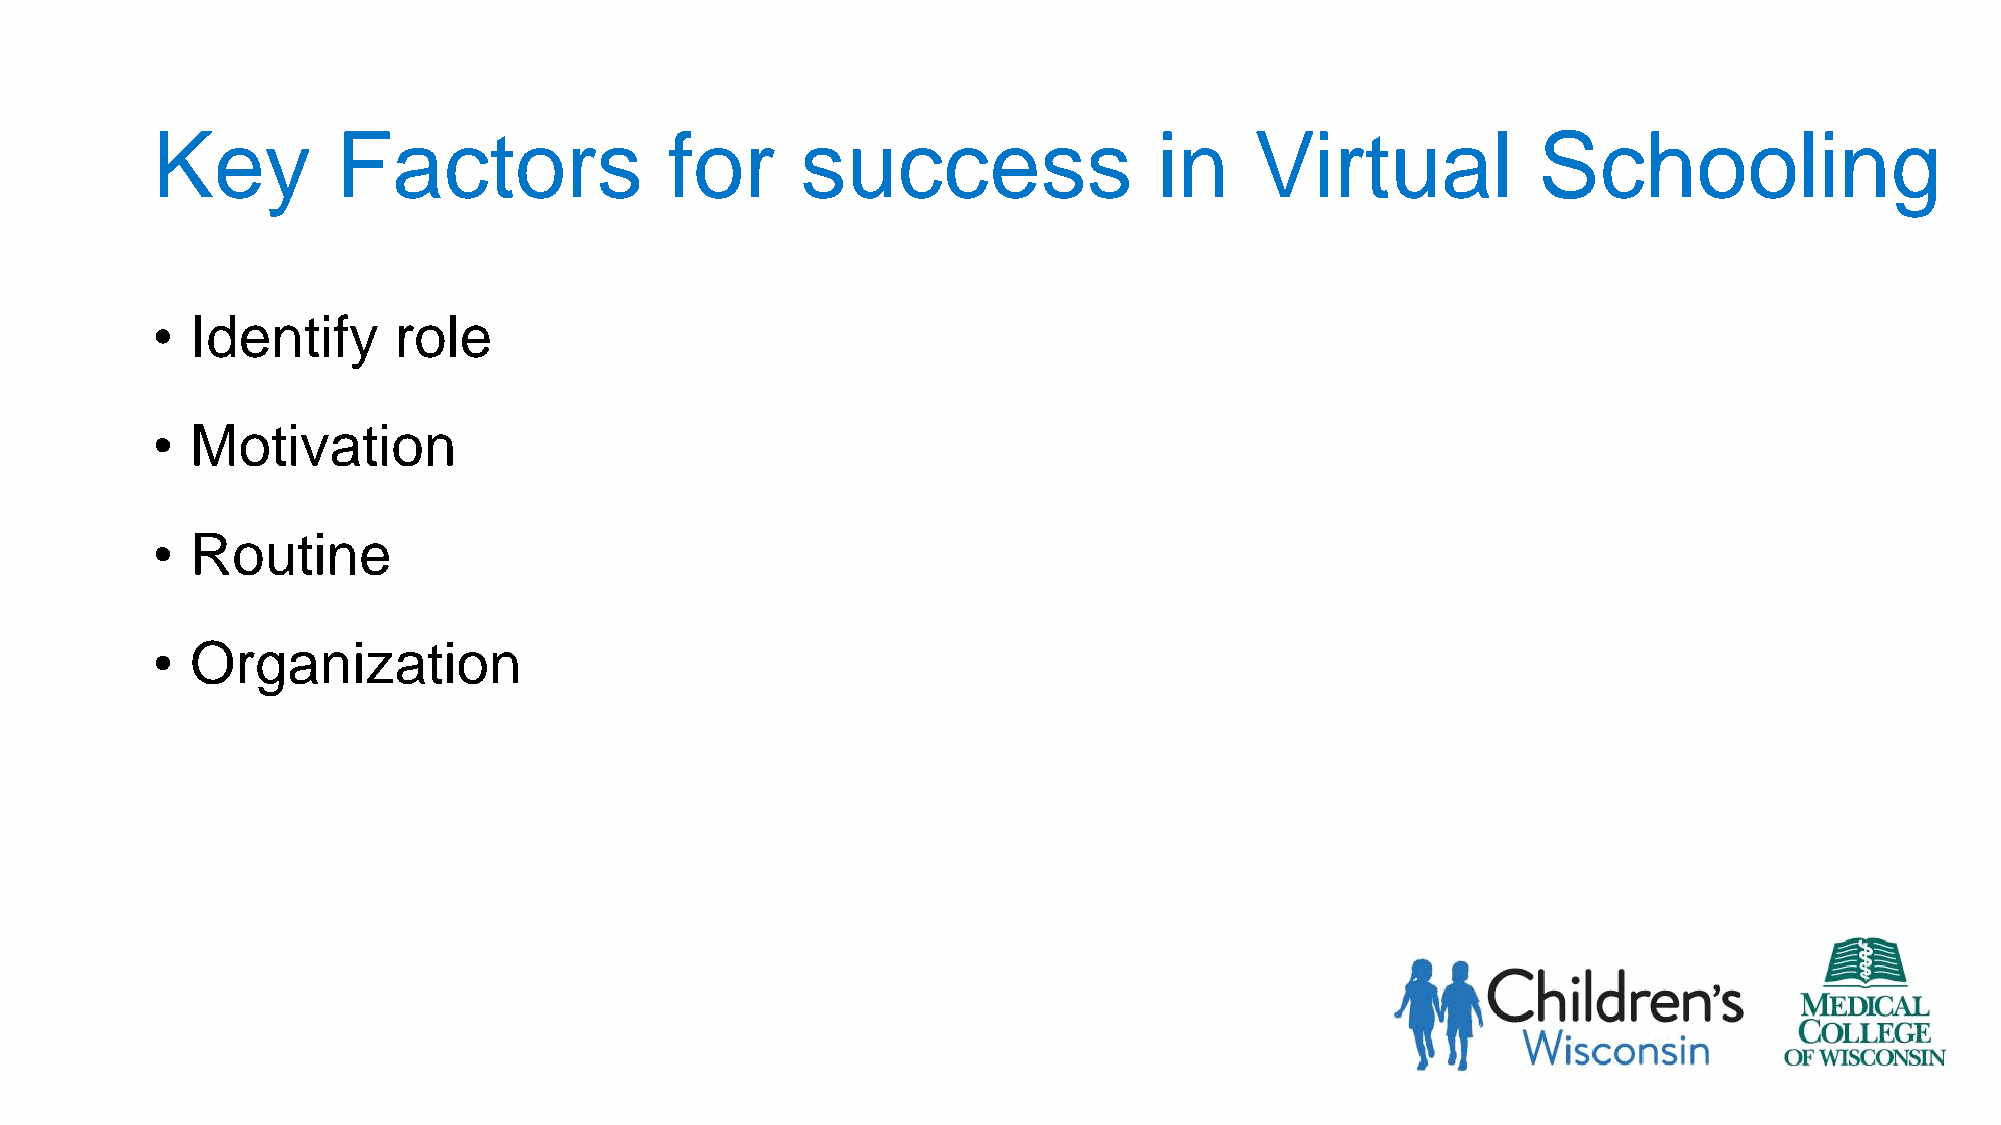
Key         Factors               for      success                 in    Virtual            Schooling
 •  Identify     role
 •  Motivation
 •  Routine
 •  Organization